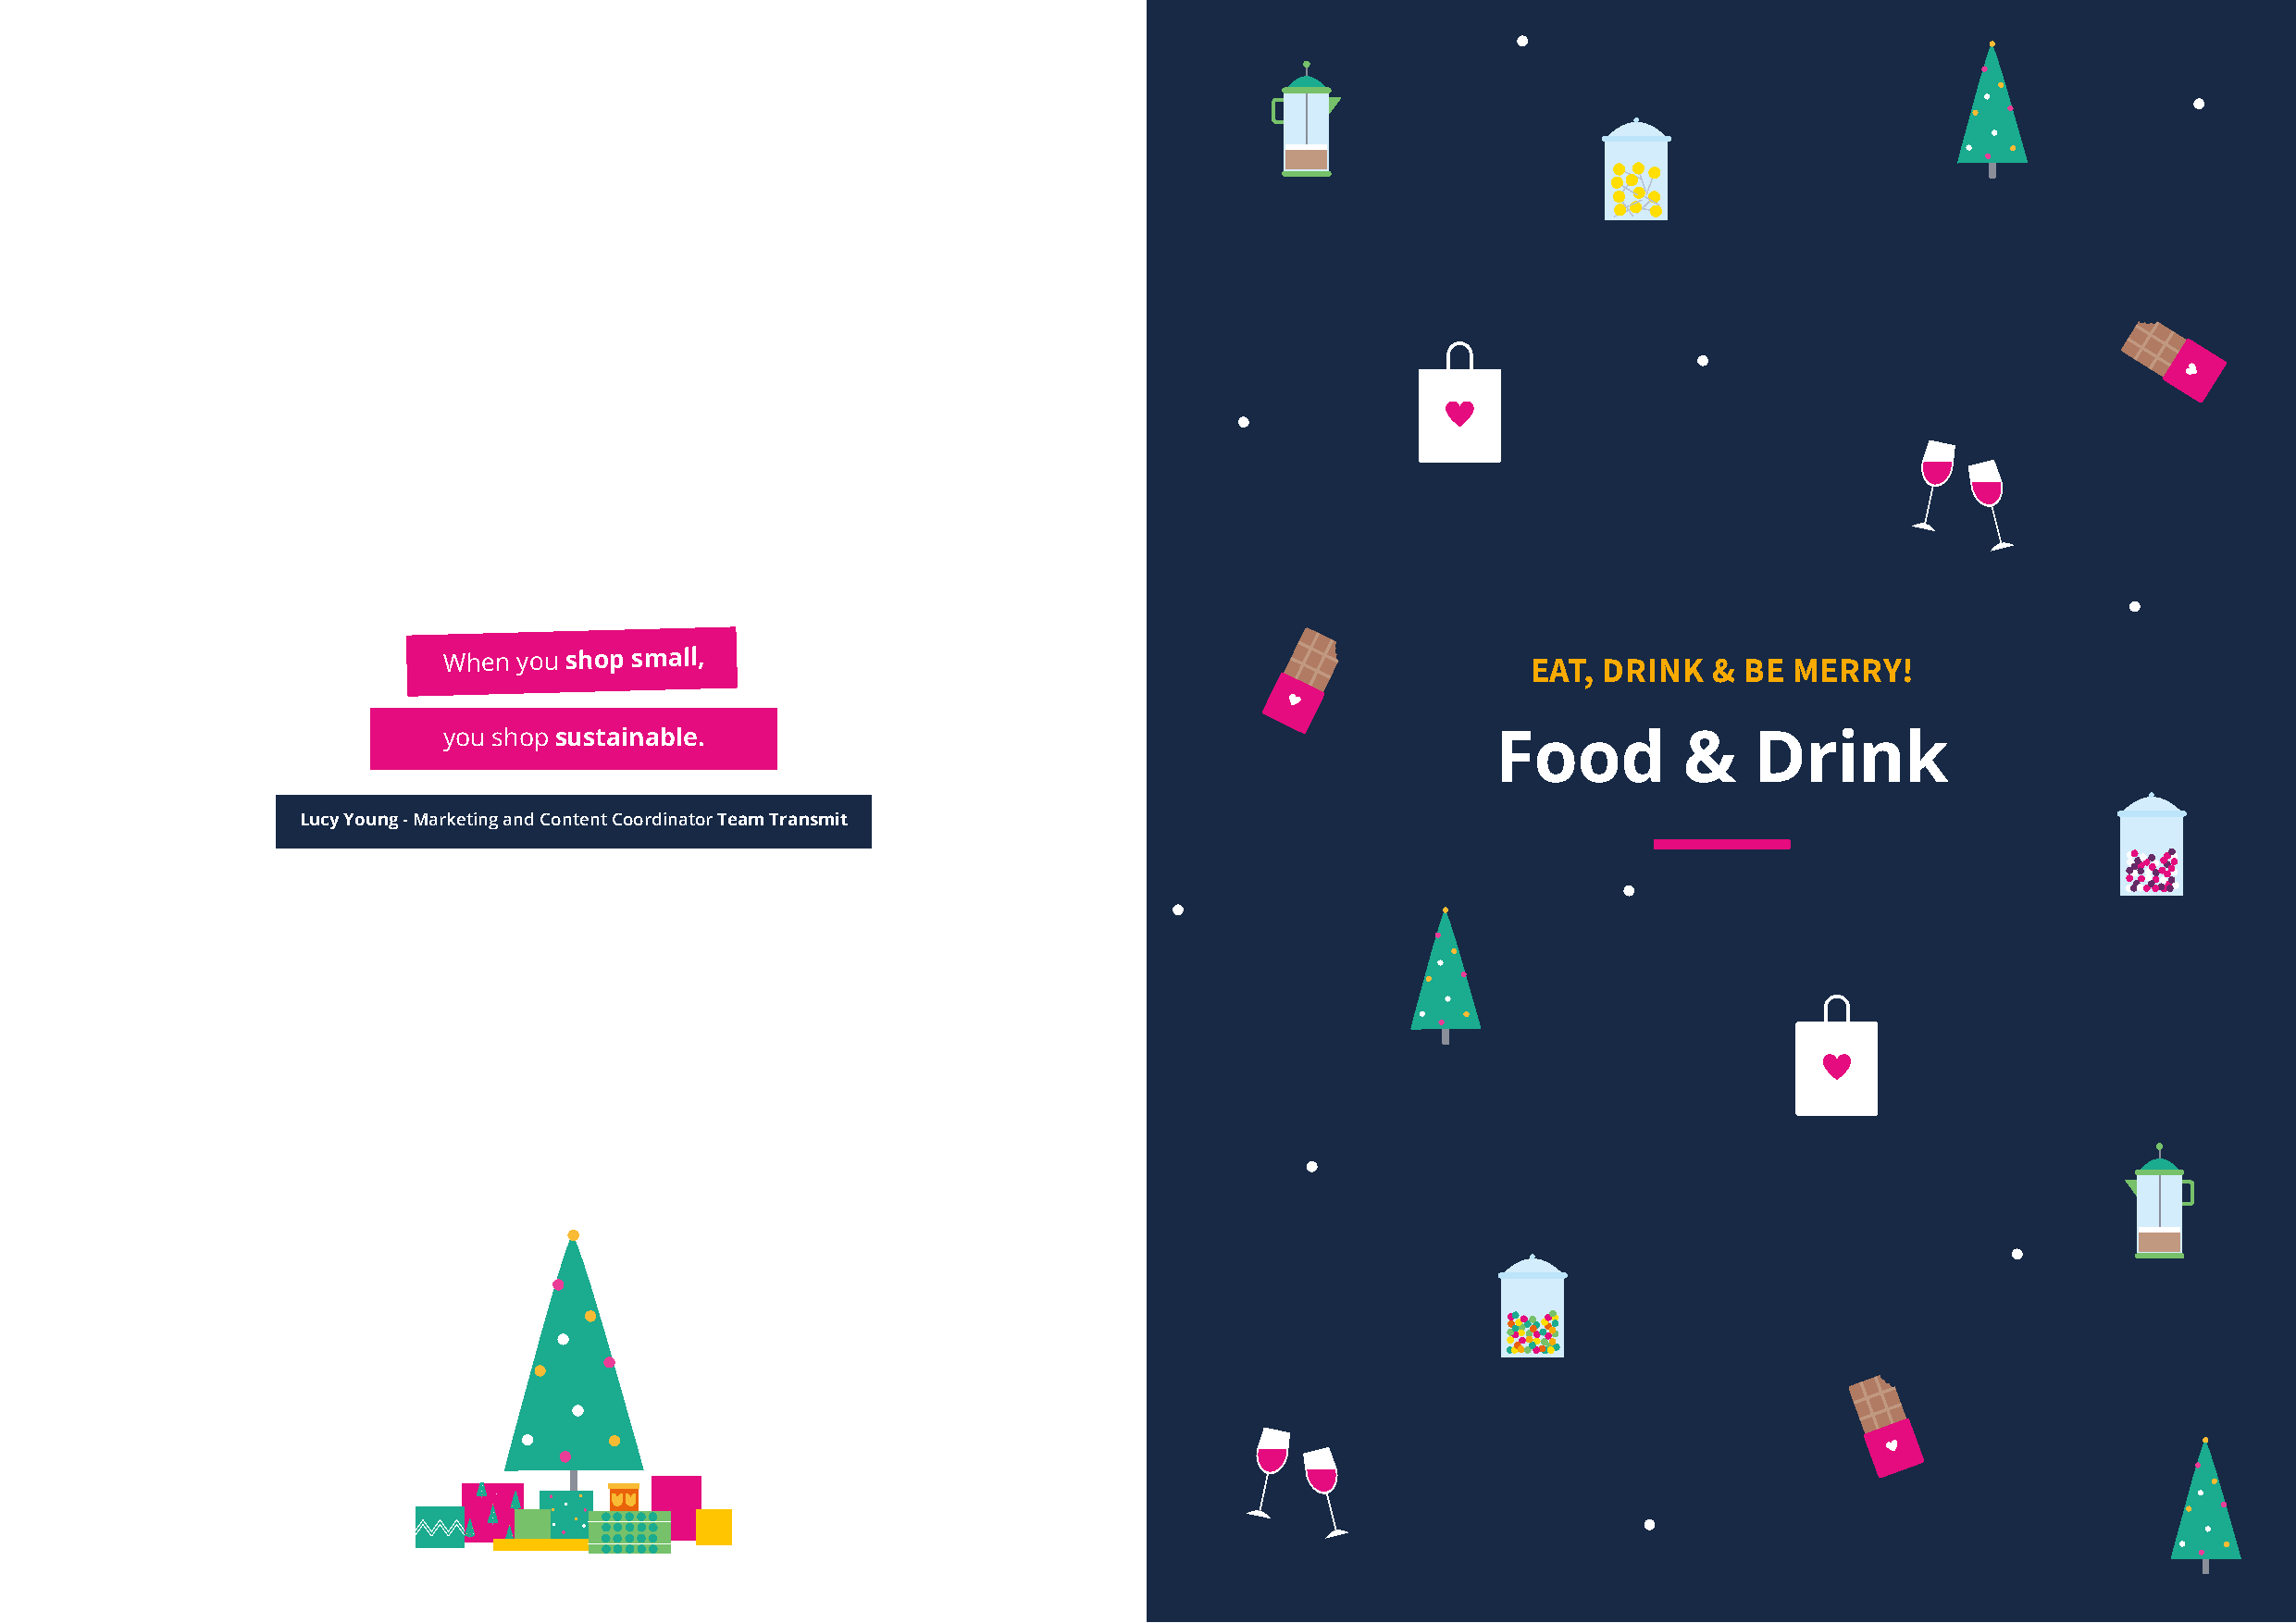
When you shop small,                                                         EAT,  DRINK  &  BE MERRY!
 you shop sustainable.                                                      Food         &    Drink
 Lucy Young - Marketing and Content Coordinator Team Transmit